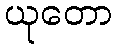
ယုတော